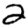
Digit: 2